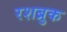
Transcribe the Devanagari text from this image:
रशब्रुक